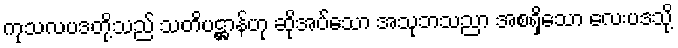
ကုသလပဒတို့သည် သတိပဋ္ဌာန်ဟု ဆိုအပ်သော အသုဘသညာ အစရှိသော လေးပဒသို့